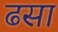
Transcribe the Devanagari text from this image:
ढसा